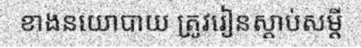
ខាងនយោបាយ ត្រូវរៀនស្តាប់សម្តី